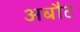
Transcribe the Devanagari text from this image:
अबौट